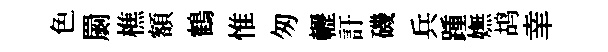
色罽樵額鶴惟匆轣訏磯兵踵嫵鸪𦍒